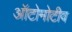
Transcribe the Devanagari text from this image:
ऑटोमोटीव